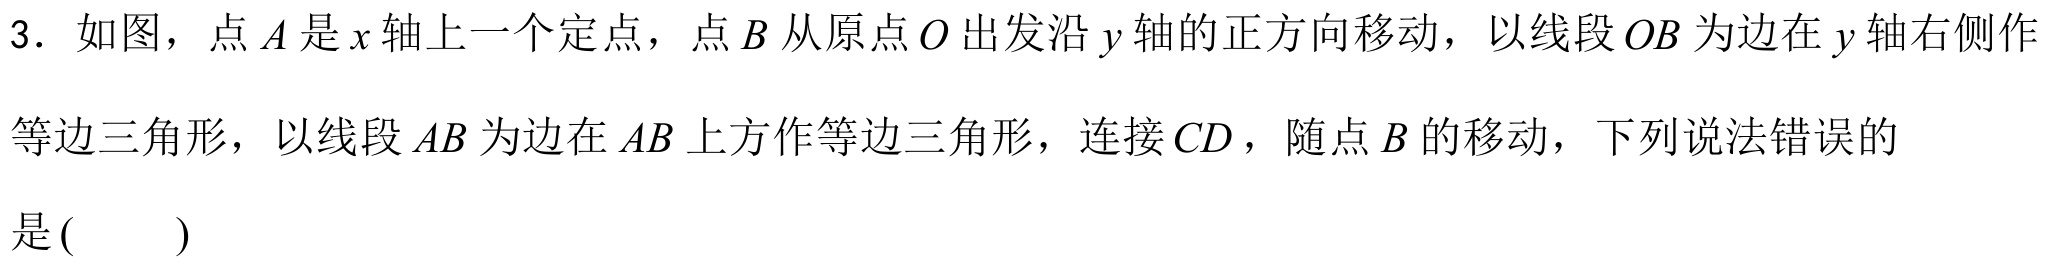
3. 如图，点\(A\)是\(x\)轴上一个定点，点\(B\)从原点\(O\)出发沿\(y\)轴的正方向移动，以线段\(OB\)为边在\(y\)轴右侧作
等边三角形，以线段\(AB\)为边在\(AB\)上方作等边三角形，连接\(CD\)，随点\(B\)的移动，下列说法错误的
是\((\quad\quad)\)